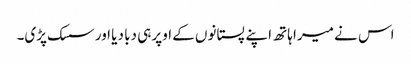
اس نے میرا ہاتھ اپنے پستانوں کے اوپر ہی دبا دیا اور سسک پڑی۔